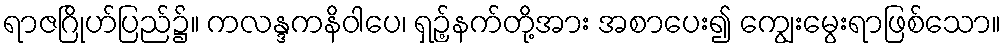
ရာဇဂြိုဟ်ပြည်၌။ ကလန္ဒကနိဝါပေ၊ ရှဉ့်နက်တို့အား အစာပေး၍ ကျွေးမွေးရာဖြစ်သော။